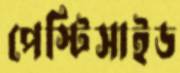
পেস্টিসাইড